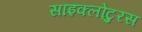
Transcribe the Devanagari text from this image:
साइक्लोटुरस